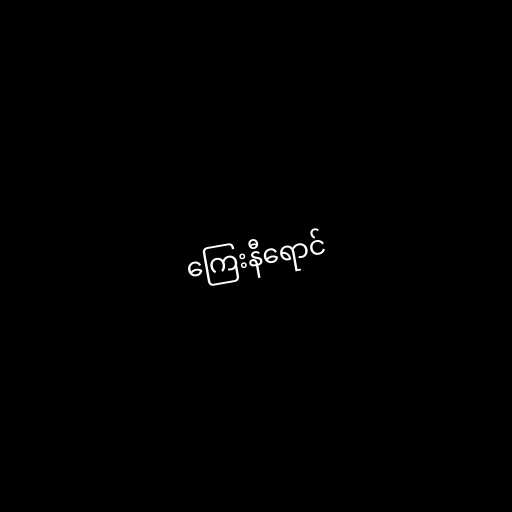
ကြေးနီရောင်